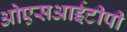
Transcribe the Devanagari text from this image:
ओएसआईटीपी